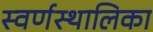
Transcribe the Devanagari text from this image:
स्वर्णस्थालिका